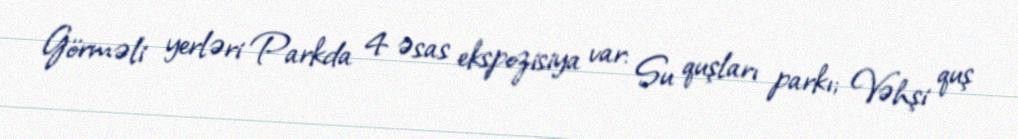
Görməli yerləri Parkda 4 əsas ekspozisiya var: Su quşları parkı; Vəhşi quş